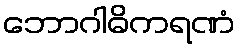
ဘောဂါဓိကရဏံ